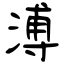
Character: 溥